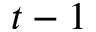
t - 1